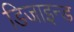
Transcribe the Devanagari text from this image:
डिजाइन्ड